Vital statistics of India. Vol. V, Reports of 1876 on armies & jails and on epidemic cholera
Year: 1876
Disease focus: Cholera
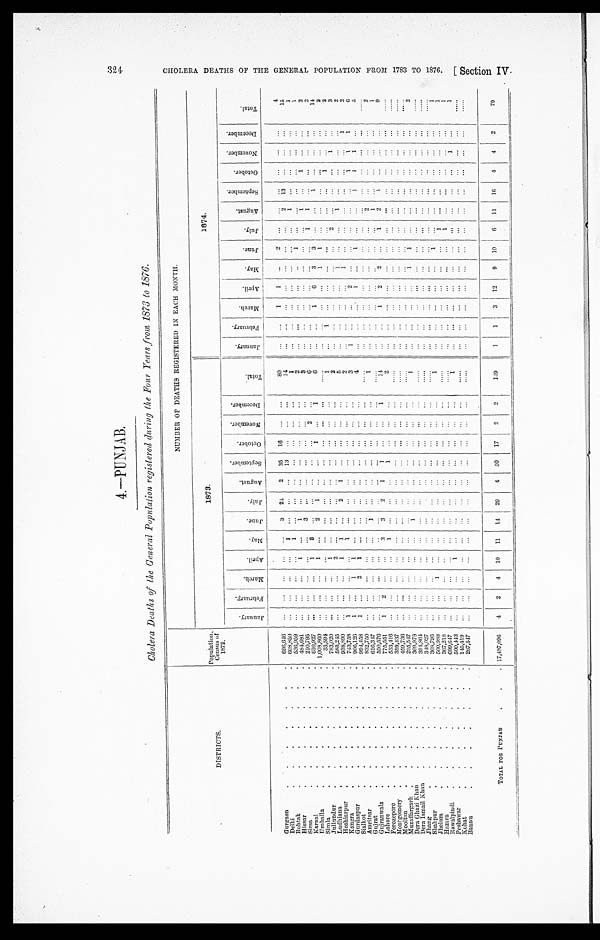
4.—PUNJAB
Cholera Deaths of the General Population registered during the Four Years from 1873 to 1876.
DISTRICTS.
Population, Census of
1872.
NUMBER OF DEATHS REGISTERED IN EACH MONTH.
1873.
1874.
J a n u a r y .
F e b r u a r y .
M a r c h . A p r i l .
M a y .
J u n e .
J u l y .
A u g u s t .
S e p t e m b e r .
O c t o b e r .
N o v e m b e r .
D e c e m b e r .
T o t a l .
J a n u a r y .
F e b r u a r y .
M a r c h .
A p r i l .
M a y . J u n e .
J u l y .
A u g u s t .
S e p t e m b e r .
O c t o b e r .
N o v e m b e r . D e c e m b e r .
T o t a l .
Gurgaon
696, 646
3 24 2
3 5
16
80
1 1
4
Delhi
608,850
1
13
14
2 13
15
Rohtak
536,959
1
1
1
Hissar
4 8 4 , 6 8 1
1
1
2
1
1
Sirsa
210,795
3
3
1
1
3
Karnal
610,927
1 3
2
6
1 1
2
Umballa
1,008,860
1
2 1
1
1
6
1
6 3 3
1
1 4
Simla
33,594
1 1
2
Jullundur
783,020
1
1
1
2
Ludhiana
5 8 3 , 2 4 5
2
2
2
1
3
Hoshiarpur
9 3 8 , 8 9 0
1 1
2 1
.
5
1
2
K a n g r a
743,758 1
1
2
.
1
1
2
Gurdaspur
906,126 1
1 1
3
1
2
1 1 1
6
Sialkot
994, 458
1
2 1
4
1
1
1
1 1
5
Amritsar
832,750
Gujrat
616, 347
1
1
2
2
Gujranwala
550,576
1
1
Lahore
775,551 1 2
3 3 2 1 1
1
14
1
2 2
1
2 1
9
Ferozepore
533,416
1
1
2
Montgomery
359,437
Mooltan
459,736
Muzaf f ar gar h
295,547
D e r a G h a z i K h a n
309,978
1
1
1 1
2
D e r a I s m a i l K h a n
3 9 4 , 8 6 4
J h a n g
3 4 8 , 0 2 7
S h a h p u r
368,796
Jhelum
500,988
1
1
1
H a z a r a
367,218
1
1
Rawalpindi
699, 647
1
1
Peshawar
500, 443
1
1
1
1
Kohat
145, 419
B a n n u
2 8 7 , 5 4 7
TOTAL FOR PUNJAB
1 7 , 4 8 7 , 0 9 6
4 2 4 10 11 14 29 4 50 17 2 2
1 4 9
1 1 3 12
9 10 6 11 16 4 4 2
79
3 2 4
C H O L E R A D E A T H S O F T H E G E N E R A L P O P U L A T I O N F R O M 1 7 8 3 T O 1 8 7 6 . [ S e c t i o n I V